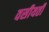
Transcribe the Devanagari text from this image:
वसीयती